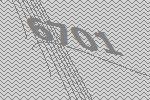
6701